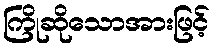
ကြိုဆိုသောအားဖြင့်